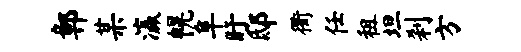
鄣某瀛幌阜盱邸衢任租坦刹方